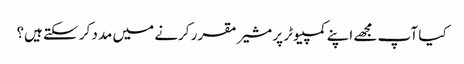
کیا آپ مجھے اپنے کمپیوٹر پر مشیر مقرر کرنے میں مدد کر سکتے ہیں؟